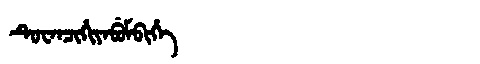
Manchu: ᡨᡠᠸᠠᠨᠴᡳᡥᡳᠶᠠᠪᡠᠮᠪᡳᡥᡝ
Romanization: TUWANCIHIYABUMBIHE